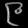
Digit: ၉